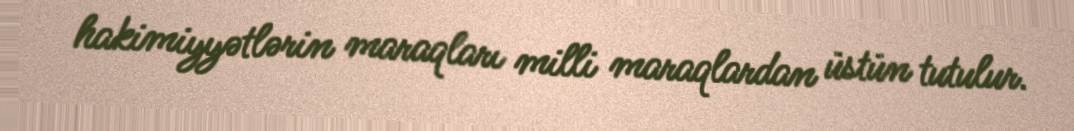
hakimiyyətlərin maraqları milli maraqlardan üstün tutulur.